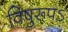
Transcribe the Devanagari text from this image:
विषुरूपऽ